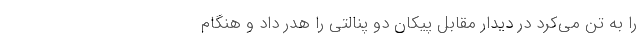
را به تن می‌کرد در دیدار مقابل پیکان دو پنالتی را هدر داد و هنگام